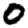
Digit: 0